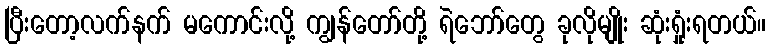
ပြီးတော့လက်နက် မကောင်းလို့ ကျွန်တော်တို့ ရဲဘော်တွေ ခုလိုမျိုး ဆုံးရှုံးရတယ်။